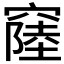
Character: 𥨁